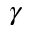
\gamma